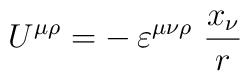
U^{\mu\rho}= -\,\varepsilon^{\mu\nu\rho}\ \frac{x_\nu}{r}